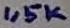
Text: 1,5K